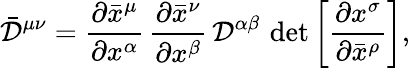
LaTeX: {\bar{\mathcal{D}}}^{\mu\nu}={\frac{\partial{\bar{x}}^{\mu}}{\partial x^{\alpha}}}\, {\frac{\partial{\bar{x}}^{\nu}}{\partial x^{\beta}}}\, {\mathcal{D}}^{\alpha\beta}\, \operatorname*{det}\left[{\frac{\partial x^{\sigma}}{\partial{\bar{x}}^{\rho}}}\right],